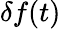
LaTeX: \delta f(t)